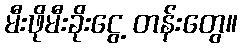
မီးဖိုမီးခိုးငွေ့ တန်းတွေ။